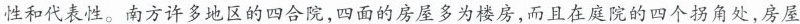
性和代表性。南方许多地区的四合院，四面的房屋多为楼房，而且在庭院的四个拐角处，房屋